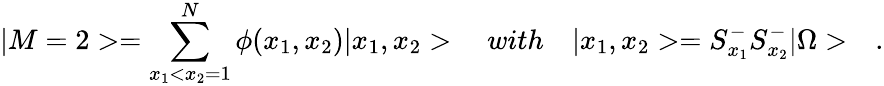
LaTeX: |M=2>=\sum_{x_{1}<x_{2}=1}^{N}\phi(x_{1},x_{2})|x_{1},x_{2}>\quad with\quad|x_{1},x_{2}>=S_{x_{1}}^{-}S_{x_{2}}^{-}|\Omega>\quad.